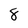
Character: 8